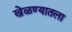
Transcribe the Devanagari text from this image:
खेळण्यातला